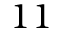
1 1